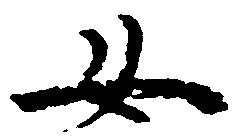
女